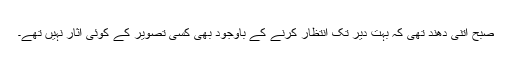
صبح اتنی دھند تھی کہ بہت دیر تک انتظار کرنے کے باوجود بھی کسی تصویر کے کوئی آثار نہیں تھے۔